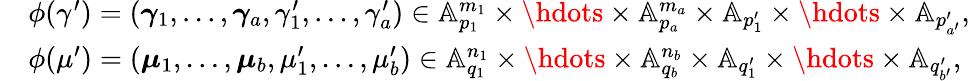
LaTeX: \begin{array}{rl}&{\phi(\gamma^{\prime})=\left(\boldsymbol{\gamma}_{{1}},\ldots,\boldsymbol{\gamma}_{{a}},\gamma_{1}^{\prime},\ldots,\gamma_{a}^{\prime}\right)\in\mathbb{A}_{p_{1}}^{m_{1}}\times\hdots\times\mathbb{A}_{p_{a}}^{m_{a}}\times\mathbb{A}_{p_{1}^{\prime}}\times\hdots\times\mathbb{A}_{p_{a^{\prime}}^{\prime}},}\\ &{\phi(\mu^{\prime})=\left(\boldsymbol{\mu}_{{1}},\ldots,\boldsymbol{\mu}_{{b}},\mu_{1}^{\prime},\ldots,\mu_{b}^{\prime}\right)\in\mathbb{A}_{q_{1}}^{n_{1}}\times\hdots\times\mathbb{A}_{q_{b}}^{n_{b}}\times\mathbb{A}_{q_{1}^{\prime}}\times\hdots\times\mathbb{A}_{q_{b^{\prime}}^{\prime}},}\end{array}